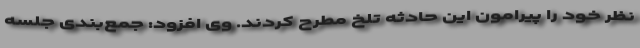
نظر خود را پیرامون این حادثه تلخ مطرح کردند. وی افزود: جمع‌بندی جلسه